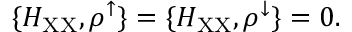
\{ H _ { \mathrm { X X } } , \rho ^ { \uparrow } \} = \{ H _ { \mathrm { X X } } , \rho ^ { \downarrow } \} = 0 .